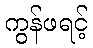
ကွန်ဖရင့်